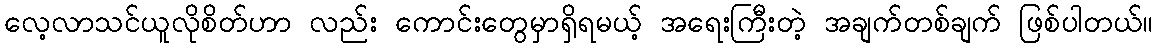
လေ့လာသင်ယူလိုစိတ်ဟာ လည်း ကောင်းတွေမှာရှိရမယ့် အရေးကြီးတဲ့ အချက်တစ်ချက် ဖြစ်ပါတယ်။